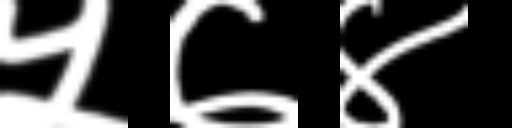
Text: ५७४